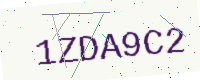
Text: 1ZDA9C2